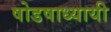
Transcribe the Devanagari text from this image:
षोडषाध्यायी